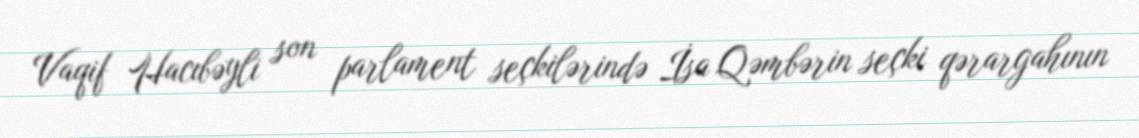
Vaqif Hacıbəyli son parlament seçkilərində İsa Qəmbərin seçki qərargahının